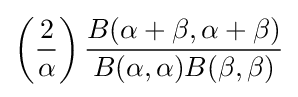
\left({\frac {2}{\alpha }}\right){\frac {B(\alpha +\beta ,\alpha +\beta )}{B(\alpha ,\alpha )B(\beta ,\beta )}}